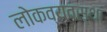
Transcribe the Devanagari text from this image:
लोकव्यवस्था